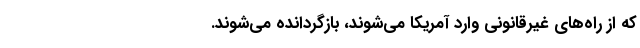
که از راه‌های غیرقانونی وارد آمریکا می‌شوند، بازگردانده می‌شوند.